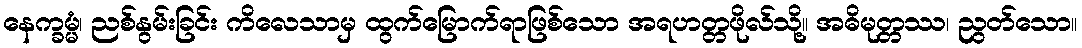
နေက္ခမ္မံ၊ ညစ်နွမ်းခြင်း ကိလေသာမှ ထွက်မြောက်ရာဖြစ်သော အရဟတ္တဖိုလ်သို့။ အဓိမုတ္တဿ၊ ညွတ်သော။